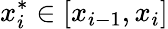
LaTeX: x_{i}^{*}\in[x_{i-1},x_{i}]